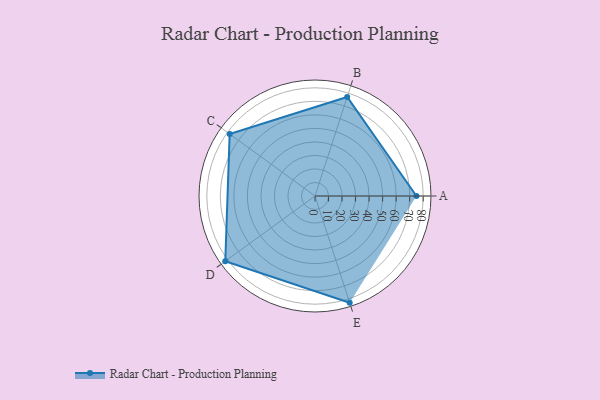
{"axis": {"x": "Skill", "y": "Score"}, "legend": ["Profile"], "data": [{"x": "A", "y": 75.0, "type": "Profile"}, {"x": "B", "y": 77.0, "type": "Profile"}, {"x": "C", "y": 78.0, "type": "Profile"}, {"x": "D", "y": 82.0, "type": "Profile"}, {"x": "E", "y": 83.0, "type": "Profile"}]}